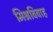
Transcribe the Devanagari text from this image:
मिश्रविवाह